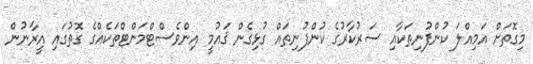
މިގޮތަށް އަމިއްލަ ކުންފުނިތަކާއި ސަރުކާރުގެ ކުންފުނިތައް ގުޅިގެން ޤައުމީ އިންވެސްޓްމަންޓްތަކެއްގެ ގޮތުގައި އީރާނުން